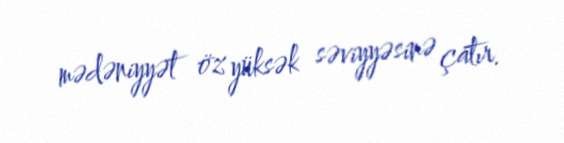
mədəniyyət öz yüksək səviyyəsinə çatır.